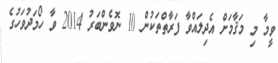
ވީމާ މި މަޤާމަށް އެދިލައްވާ ފަރާތްތަކުން 10 ނޮވެންބަރު 2014 ވާ ހޯމަދުވަހުގެ